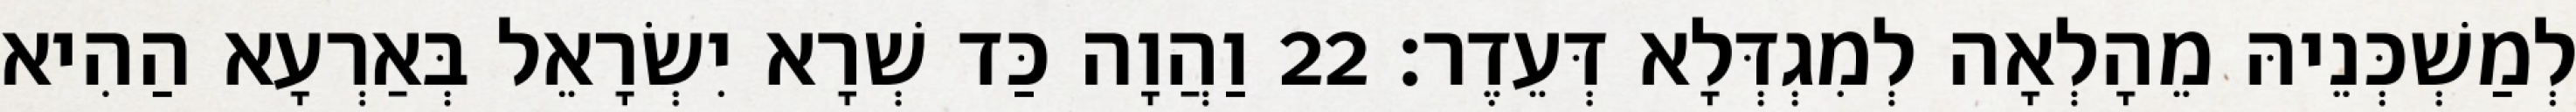
לְמַשְׁכְּנֵיהּ מֵהָלְאָה לְמִגְדְּלָא דְּעֵדֶר׃ 22 וַהֲוָה כַּד שְׁרָא יִשְׂרָאֵל בְּאַרְעָא הַהִיא